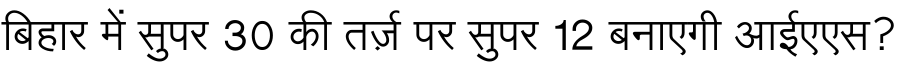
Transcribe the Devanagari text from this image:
बिहार में सुपर 30 की तर्ज़ पर सुपर 12 बनाएगी आईएएस?